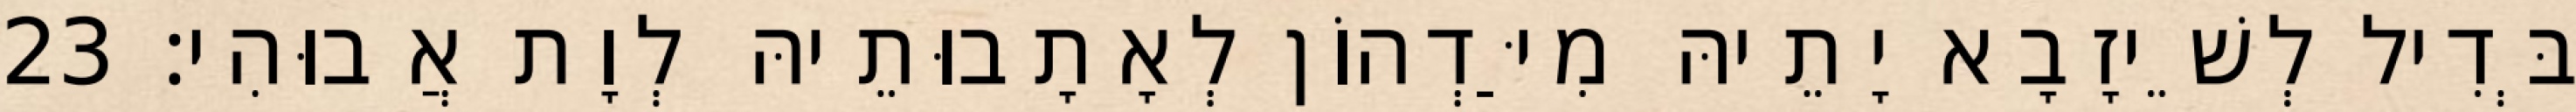
בְּדִיל לְשֵׁיזָבָא יָתֵיהּ מִיַּדְהוֹן לְאָתָבוּתֵיהּ לְוָת אֲבוּהִי׃ 23